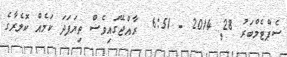
ސެޕްޓެމްބަރު 28